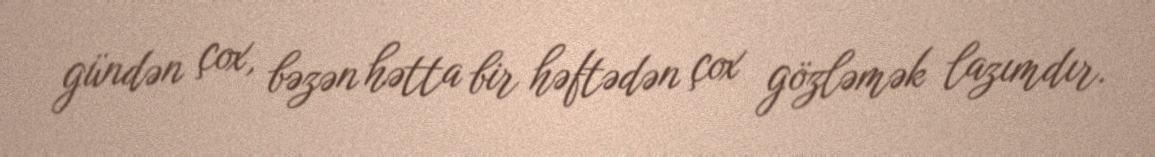
gündən çox, bəzən hətta bir həftədən çox gözləmək lazımdır.